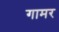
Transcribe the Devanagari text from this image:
गामर